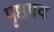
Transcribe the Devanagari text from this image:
पृष्ठपद